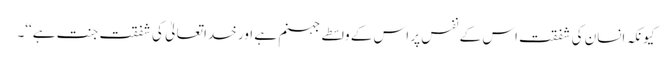
کیونکہ انسان کی شفقت اس کے نفس پر اس کے واسطے جہنم ہے اور خدا تعالیٰ کی شفقت جنت ہے‘‘۔